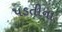
પડતીના